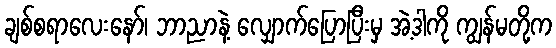
ချစ်စရာလေးနော်၊ ဘာညာနဲ့ လျှောက်ပြောပြီးမှ အဲ့ဒါကို ကျွန်မတို့က